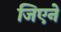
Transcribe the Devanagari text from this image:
जिएने